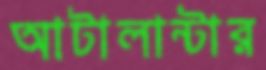
আটালান্টার